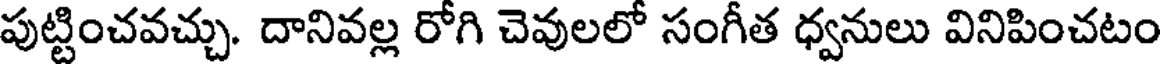
పుట్టించవచ్చు. దానివల్ల రోగి చెవులలో సంగీత ధ్వనులు వినిపించటం